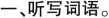
一，听写词语。